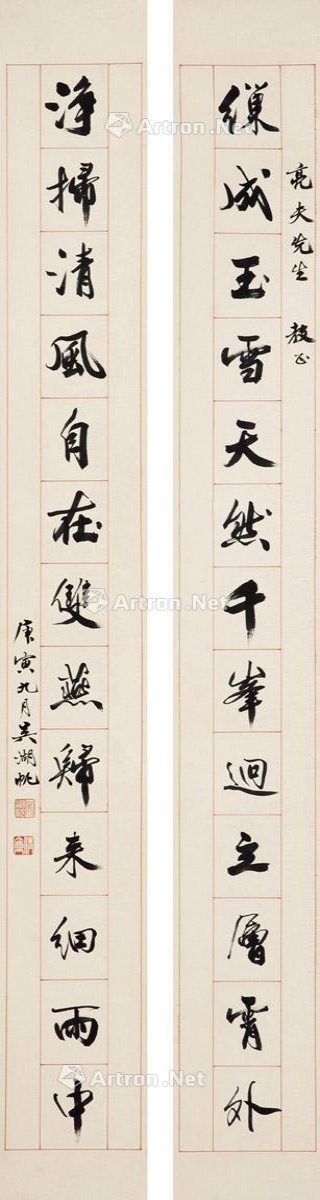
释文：缫成玉雪，天然千峰，迥立层霄外；净扫清风，自在双燕，归来细雨中。亮夫先生教正，庚寅九月，吴湖帆。